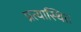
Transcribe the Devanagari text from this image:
प्रत्यास्थित